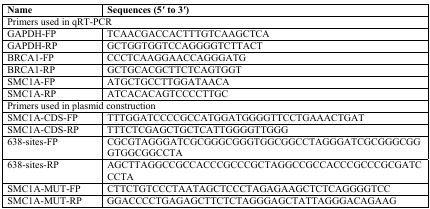
| Name | Sequences (5′ to 3′) |
 | --- | --- |
 | <COLSPAN=2> Primers used in qRT-PCR |
 | GAPDH-FP | TCAACGACCACTTTGTCAAGCTCA |
 | GAPDH-RP | GCTGGTGGTCCAGGGGTCTTACT |
 | BRCA1-FP | CCCTCAAGGAACCAGGGATG |
 | BRCA1-RP | GCTGCACGCTTCTCAGTGGT |
 | SMC1A-FP | ATGCTGCCTTGGATAACA |
 | SMC1A-RP | ATCACACAGTCCCCTTGC |
 | <COLSPAN=2> Primers used in plasmid construction |
 | SMC1A-CDS-FP | TTTGGATCCCCGCCATGGATGGGGTTCCTGAAACTGAT |
 | SMC1A-CDS-RP | TTTCTCGAGCTGCTCATTGGGGTTGGG |
 | 638-sites-FP | CGCGTAGGGATCGCGGGCGGGTGGCGGCCTAGGGATCGCGGGCGGGTGGCGGCCTA |
 | 638-sites-RP | AGCTTAGGCCGCCACCCGCCCGCTAGGCCGCCACCCGCCCGCGATCCCTA |
 | SMC1A-MUT-FP | CTTCTGTCCCTAATAGCTCCCTAGAGAAGCTCTCAGGGGTCC |
 | SMC1A-MUT-RP | GGACCCCTGAGAGCTTCTCTAGGGAGCTATTAGGGACAGAAG |